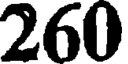
260